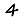
Digit: 4